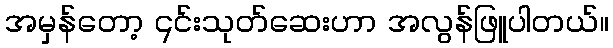
အမှန်တော့ ၎င်းသုတ်ဆေးဟာ အလွန်ဖြူပါတယ်။